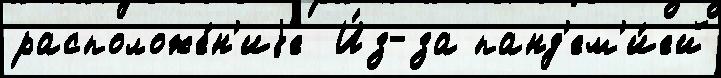
расположе́н'иjе  И́з-за панд'ем'и́ей